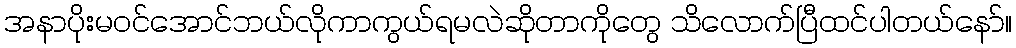
အနာပိုးမဝင်အောင်ဘယ်လိုကာကွယ်ရမလဲဆိုတာကိုတွေ သိလောက်ပြီထင်ပါတယ်နော်။